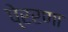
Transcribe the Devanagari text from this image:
पे्ररणा